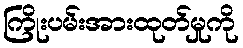
ကြိုးပမ်းအားထုတ်မှုကို